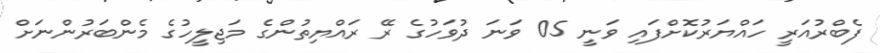
ފެބްރުއަރީ ހައްޔަރުކޮށްފައި ވަނީ 05 ވަނަ ދުވަހުގެ ރޭ ރައްޔިތުންގެ މަޖިލީހުގެ މެންބަރުންނަށް